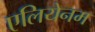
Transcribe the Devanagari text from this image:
एलियेनम